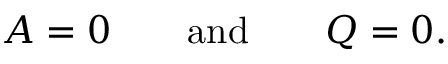
A = 0 \qquad \mathrm { a n d } \qquad Q = 0 .